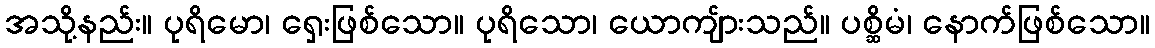
အသို့နည်း။ ပုရိမော၊ ရှေးဖြစ်သော။ ပုရိသော၊ ယောကျ်ားသည်။ ပစ္ဆိမံ၊ နောက်ဖြစ်သော။